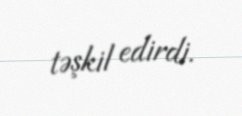
təşkil edirdi.